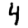
Digit: 4